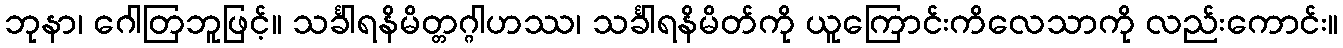
ဘုနာ၊ ဂေါတြဘူဖြင့်။ သင်္ခါရနိမိတ္တဂ္ဂါဟဿ၊ သင်္ခါရနိမိတ်ကို ယူကြောင်းကိလေသာကို လည်းကောင်း။